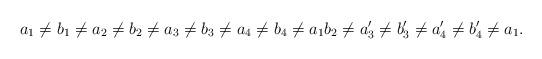
LaTeX: \begin{align*}a_1\not= b_1\not= a_2 \not= b_2\not= a_3\not= b_3\not= a_4\not= b_4\not= a_1 b_2\not= a_3'\not= b_3'\not= a_4'\not= b_4'\not= a_1.\end{align*}